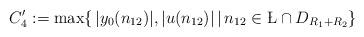
LaTeX: \begin{align*}C'_{4} &:= \max \{ \, |y_{0}(n_{12})|, |u(n_{12})| \, | \, n_{12} \in \L \cap D_{R_{1} + R_{2}} \} \end{align*}